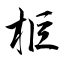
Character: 柜